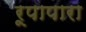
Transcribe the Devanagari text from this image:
रूपापारा